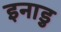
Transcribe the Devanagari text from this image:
इनाडु